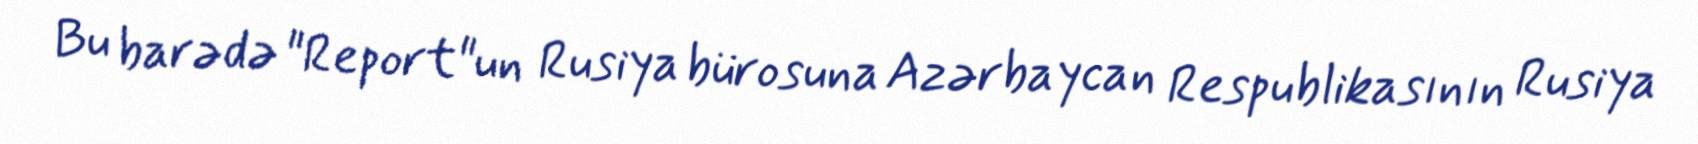
Bu barədə "Report"un Rusiya bürosuna Azərbaycan Respublikasının Rusiya